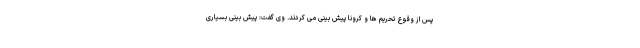
پس از وقوع تحریم ها و کرونا پیش بینی می کردند. وی گفت: پیش بینی بسیاری